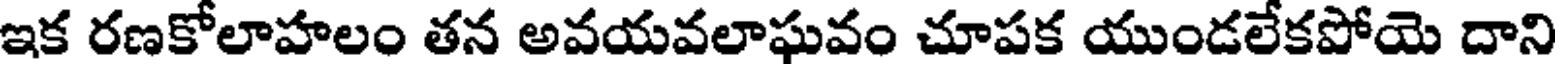
ఇక రణకోలాహలం తన అవయవలాఘవం చూపక యుండలేకపోయె దాని